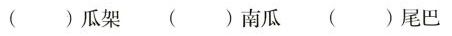
( )瓜架 ( )南瓜( ) 尾巴